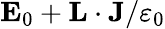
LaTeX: {\mathbf E}_{0}+{\mathbf L}\cdot{\mathbf J}/\varepsilon_{0}